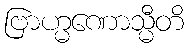
ဗြာဟ္မဏောသ္မီတိ